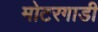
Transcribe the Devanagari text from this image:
मोटरगाडी